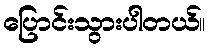
ပြောင်းသွားပါတယ်။